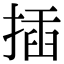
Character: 插